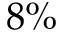
8 \%